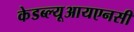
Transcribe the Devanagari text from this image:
केडब्ल्यूआयएनसी